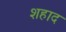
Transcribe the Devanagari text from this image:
शहाद